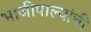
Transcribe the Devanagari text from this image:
भाजीपाल्यांची